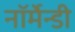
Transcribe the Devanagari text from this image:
नॉर्मेन्डी